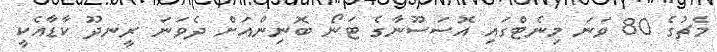
މެޗުގެ 80 ވަނަ މިނެޓްގައި އޮސަސޫނާގެ ޓަނޯ ބޮނިންއަށް ދެވަނަ ރީނދޫ ކާޑާއެކީ